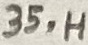
Text: 35.H